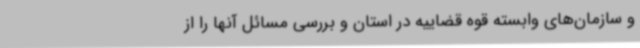
و سازمان‌های وابسته قوه قضاییه در استان و بررسی مسائل آنها را از